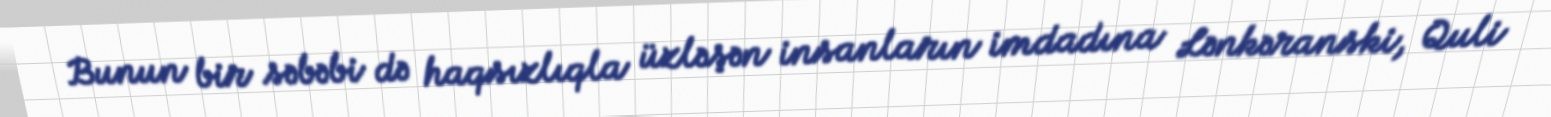
Bunun bir səbəbi də haqsızlıqla üzləşən insanların imdadına Lənkəranski, Quli